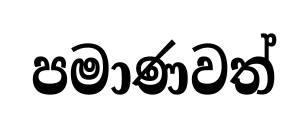
පමාණවත්